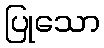
ပြုသော